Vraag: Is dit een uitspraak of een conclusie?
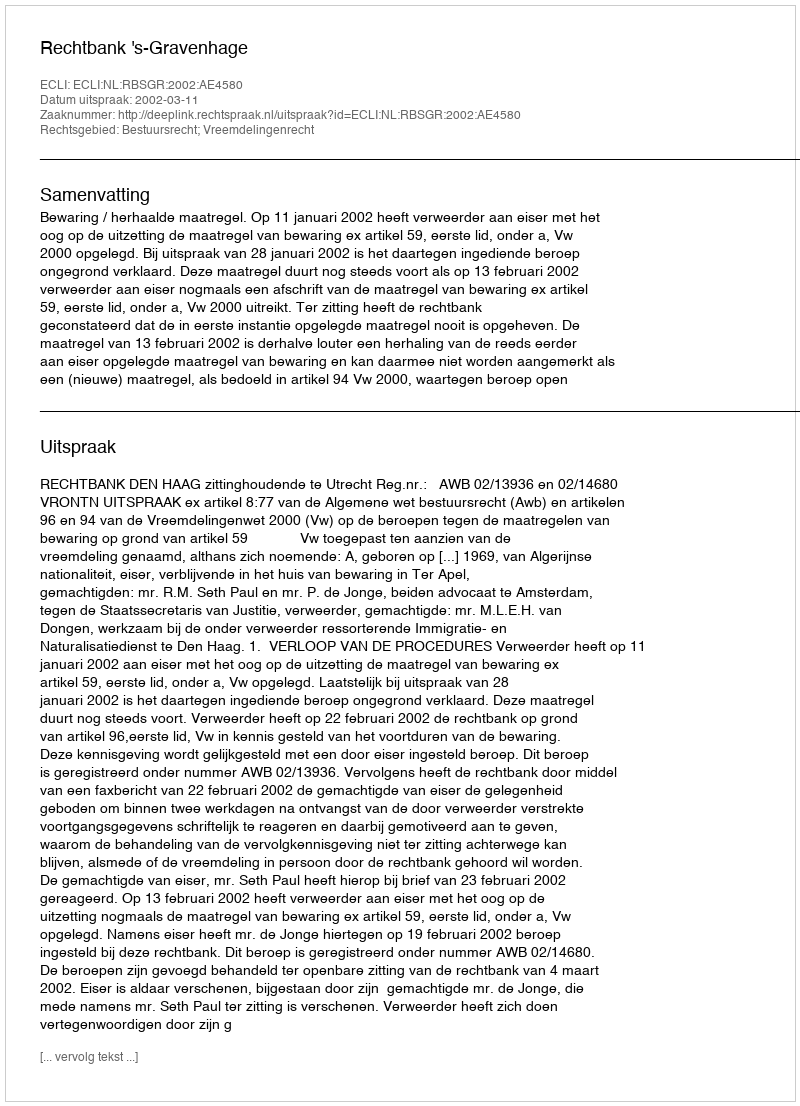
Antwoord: Uitspraak